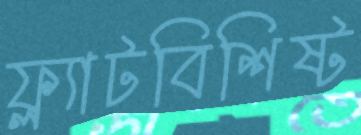
ফ্ল্যাটবিশিষ্ট